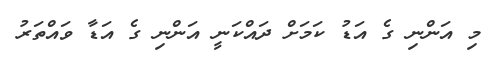
މި އަންނި ގެ އަޑު ކަމަށް ދައްކަނީ އަންނި ގެ އަޑާ ވައްތަރު